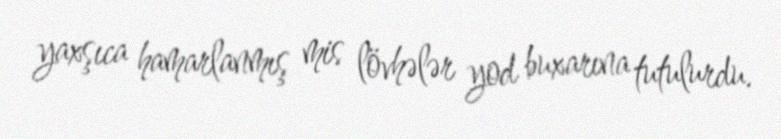
yaxşıca hamarlanmış mis lövhələr yod buxarına tutulurdu.